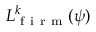
{ L } _ { \mathrm { ~ f ~ i ~ r ~ m ~ } } ^ { k } ( \psi )